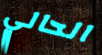
الحالي